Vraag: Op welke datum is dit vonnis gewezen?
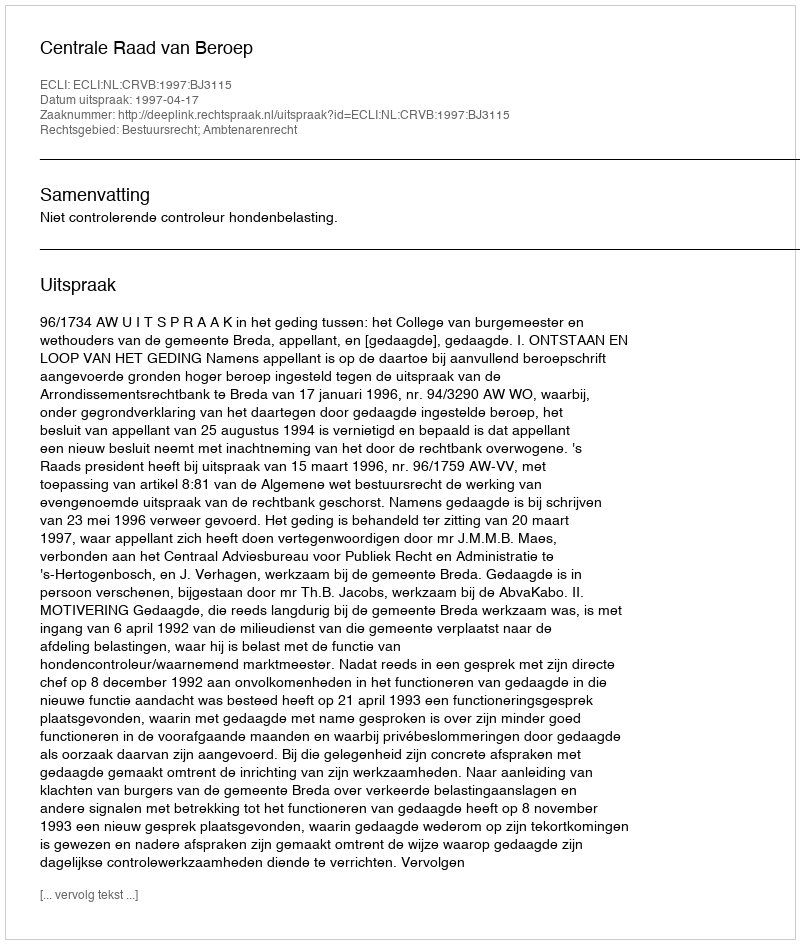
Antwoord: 1997-04-17